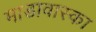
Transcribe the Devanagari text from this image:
माडावास्का